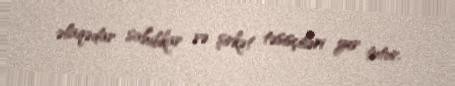
əlaqədar sahibkar və şirkət təsisçiləri yer tutur.